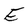
Character: E